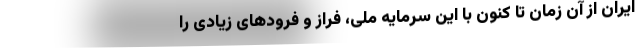
ایران از آن زمان تا کنون با این سرمایه ملی، فراز و فرودهای زیادی را